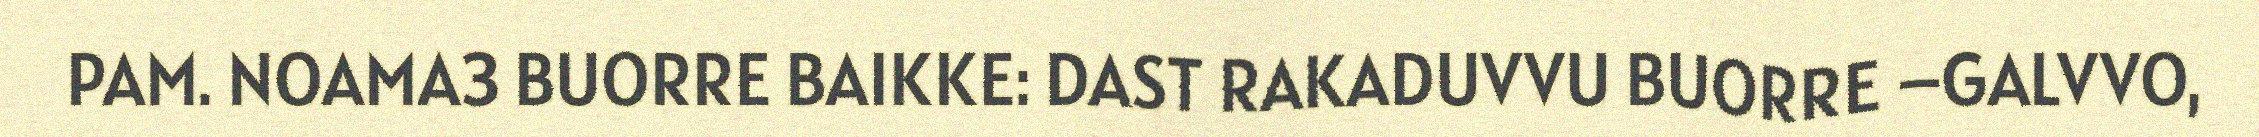
PAM. NOAMA3 BUORRE BAIKKE: DAST RAKADUVVU BUORRE –GALVVO,